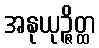
အနုယုဉ္ဇိတ္ထ